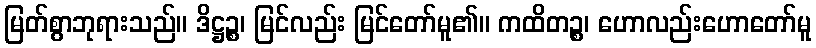
မြတ်စွာဘုရားသည်။ ဒိဋ္ဌဉ္စ၊ မြင်လည်း မြင်တော်မူ၏။ ကထိတဉ္စ၊ ဟောလည်းဟောတော်မူ